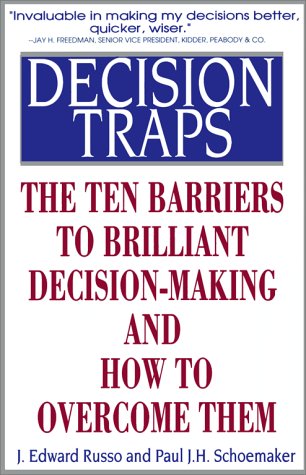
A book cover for Decision Traps: The Ten Barriers to Decision-Making and How to Overcome Them; Edward Russo; Business & Money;